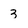
Character: 3